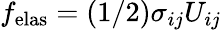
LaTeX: f_{\mathrm{elas}}=(1/2)\sigma_{ij}U_{ij}